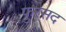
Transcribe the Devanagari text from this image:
फुरसद